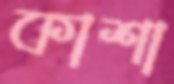
কাশা